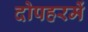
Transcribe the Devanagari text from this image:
दोपहरमें